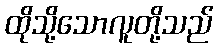
ထိုသို့သောလူတို့သည်